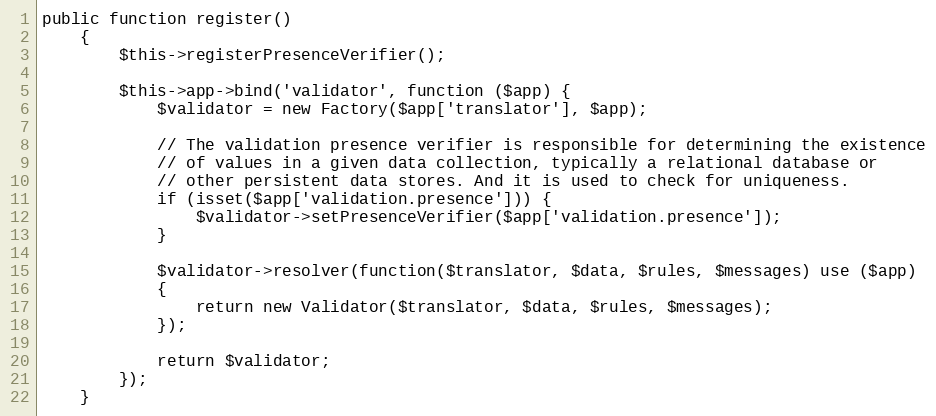
Language: PHP
public function register()
    {
        $this->registerPresenceVerifier();

        $this->app->bind('validator', function ($app) {
            $validator = new Factory($app['translator'], $app);

            // The validation presence verifier is responsible for determining the existence
            // of values in a given data collection, typically a relational database or
            // other persistent data stores. And it is used to check for uniqueness.
            if (isset($app['validation.presence'])) {
                $validator->setPresenceVerifier($app['validation.presence']);
            }

            $validator->resolver(function($translator, $data, $rules, $messages) use ($app)
            {
                return new Validator($translator, $data, $rules, $messages);
            });

            return $validator;
        });
    }